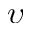
\upsilon